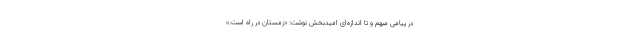
در پیامی مبهم و تا اندازه‌ای امیدبخش نوشت:‌ «زمستان در راه است.»